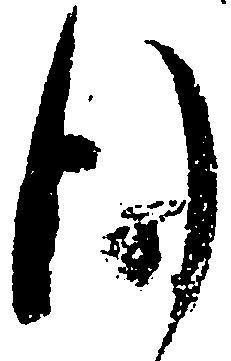
行